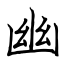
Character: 幽